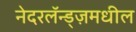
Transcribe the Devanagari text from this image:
नेदरलॅन्ड्ज़मधील